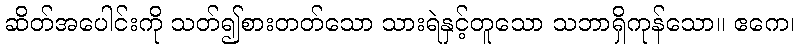
ဆိတ်အပေါင်းကို သတ်၍စားတတ်သော သားရဲနှင့်တူသော သဘာရှိကုန်သော။ ဧကေ၊